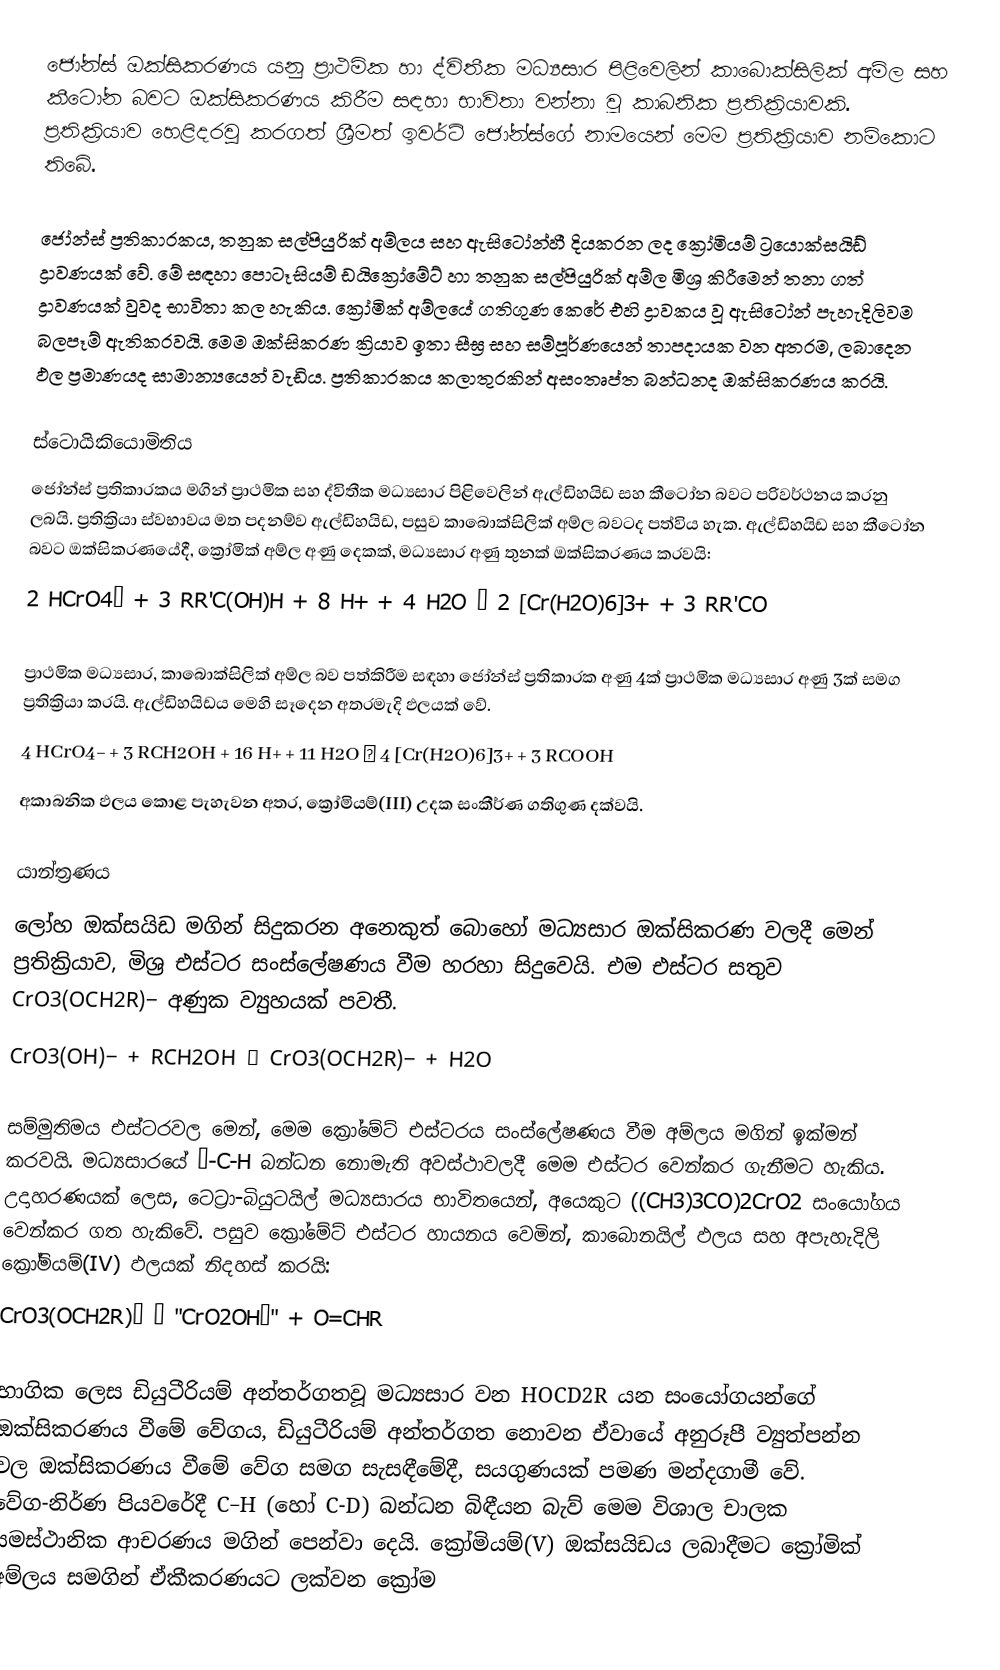
ජෝන්ස් ඔක්සිකරණය යනු ප්‍රාථමික හා ද්විතීක මධ්‍යසාර පිළිවෙලින් කාබොක්සිලික් අම්ල සහ කීටෝන බවට ඔක්සිකරණය කිරීම සඳහා භාවිතා වන්නා වූ කාබනික ප්‍රතික්‍රියාවකි. ප්‍රතික්‍රියාව හෙළිදරවු කරගත් ශ්‍රීමත් ඉවර්ට් ජෝන්ස්ගේ නාමයෙන් මෙම ප්‍රතික්‍රියාව නම්කොට තිබේ.

ජෝන්ස් ප්‍රතිකාරකය, තනුක සල්පියුරික් අම්ලය සහ ඇසිටෝන්හී දියකරන ලද ක්‍රෝමියම් ට්‍රයොක්සයිඩ් ද්‍රාවණයක් වේ. මේ සඳහා පොටෑසියම් ඩයික්‍රෝමේට් හා තනුක සල්පියුරික් අම්ල මිශ්‍ර කිරීමෙන් තනා ගත් ද්‍රාවණයක් වුවද භාවිතා කල හැකිය. ක්‍රෝමික් අම්ලයේ ගතිගුණ කෙරේ එහි ද්‍රාවකය වූ ඇසිටෝන් පැහැදිලිවම බලපෑම් ඇතිකරවයි. මෙම ඔක්සිකරණ ක්‍රියාව ඉතා සීඝ්‍ර සහ සම්පූර්ණයෙන් තාපදායක වන අතරම, ලබාදෙන ඵල ප්‍රමාණයද සාමාන්‍යයෙන් වැඩිය. ප්‍රතිකාරකය කලාතුරකින් අසංතෘප්ත බන්ධනද ඔක්සිකරණය කරයි.

ස්ටොයිකියොමිතිය
ජෝන්ස් ප්‍රතිකාරකය මගින් ප්‍රාථමික සහ ද්විතීක මධ්‍යසාර පිළිවෙලින් ඇල්ඩිහයිඩ සහ කීටෝන බවට පරිවර්ථනය කරනු ලබයි. ප්‍රතික්‍රියා ස්වභාවය මත පදනම්ව ඇල්ඩිහයිඩ, පසුව කාබොක්සිලික් අම්ල බවටද පත්විය හැක. ඇල්ඩිහයිඩ සහ කීටෝන බවට ඔක්සිකරණයේදී, ක්‍රෝමික් අම්ල අණු දෙකක්, මධ්‍යසාර අණු තුනක් ඔක්සිකරණය කරවයි:
 2 HCrO4−  +  3 RR'C(OH)H  +  8 H+  +  4 H2O   →   2 [Cr(H2O)6]3+  +  3 RR'CO

ප්‍රාථමික මධ්‍යසාර, කාබොක්සිලික් අම්ල බව පත්කිරීම සඳහා ජෝන්ස් ප්‍රතිකාරක අණු 4ක් ප්‍රාථමික මධ්‍යසාර අණු 3ක් සමග ප්‍රතික්‍රියා කරයි. ඇල්ඩිහයිඩය මෙහි සෑදෙන අතරමැදි ඵලයක් වේ.
4 HCrO4− + 3 RCH2OH + 16 H+ + 11 H2O → 4 [Cr(H2O)6]3+ + 3 RCOOH
අකාබනික ඵලය කොළ පැහැවන අතර, ක්‍රෝමියම්(III) උදක සංකීර්ණ ගතිගුණ දක්වයි.

යාන්ත්‍රණය
ලෝහ ඔක්සයිඩ මගින් සිදුකරන අනෙකුත් බොහෝ මධ්‍යසාර ඔක්සිකරණ වලදී මෙන් ප්‍රතික්‍රියාව, මිශ්‍ර එස්ටර සංස්ලේෂණය වීම හරහා සිදුවෙයි. එම එස්ටර සතුව CrO3(OCH2R)− අණුක ව්‍යුහයක් පවතී.
CrO3(OH)− + RCH2OH → CrO3(OCH2R)− + H2O

සම්මුතිමය එස්ටරවල මෙන්, මෙම ක්‍රෝමේට් එස්ටරය සංස්ලේෂණය වීම අම්ලය මගින් ඉක්මන් කරවයි. මධ්‍යසාරයේ α-C-H බන්ධන නොමැති අවස්ථාවලදී මෙම එස්ටර වෙන්කර ගැනීමට හැකිය. උදාහරණයක් ලෙස, ටෙට්‍රා-බියුටයිල් මධ්‍යසාරය භාවිතයෙන්, අයෙකුට ((CH3)3CO)2CrO2 සංයෝගය වෙන්කර ගත හැකිවේ. පසුව ක්‍රෝමේට් එස්ටර හායනය වෙමින්, කාබොනයිල් ඵලය සහ අපැහැදිලි  ක්‍රෝමියම්(IV) ඵලයක් නිදහස් කරයි:
CrO3(OCH2R)− → "CrO2OH−" + O=CHR

භාගික ලෙස ඩියුටීරියම් අන්තර්ගතවූ මධ්‍යසාර වන HOCD2R යන සංයෝගයන්ගේ ඔක්සිකරණය වීමේ වේගය, ඩියුටීරියම් අන්තර්ගත නොවන ඒවායේ අනුරූපී ව්‍යුත්පන්න වල ඔක්සිකරණය වීමේ වේග සමග සැසඳීමේදී, සයගුණයක් පමණ මන්දගාමී වේ. වේග-නිර්ණ පියවරේදී C–H (හෝ C-D) බන්ධන බිඳීයන බැව් මෙම විශාල චාලක සමස්ථානික ආචරණය මගින් පෙන්වා දෙයි. ක්‍රෝමියම්(V) ඔක්සයිඩය ලබාදීමට ක්‍රෝමික් අම්ලය සමගින් ඒකීකරණයට ලක්වන ක්‍රෝම